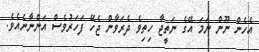
އެހެން ނޫން ނަމަ އޭގެ ނަތީޖާ ހިތިވެ ދެރަވާން ޖެހޭ ފަހަރުވެސް އަންނާނެއެވެ.